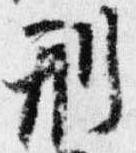
刑